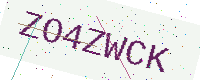
Text: ZO4ZWCK